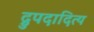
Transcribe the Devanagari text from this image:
द्रुपदादित्य